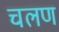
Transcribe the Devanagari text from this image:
चलण